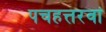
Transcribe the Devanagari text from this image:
पचहत्तरवां